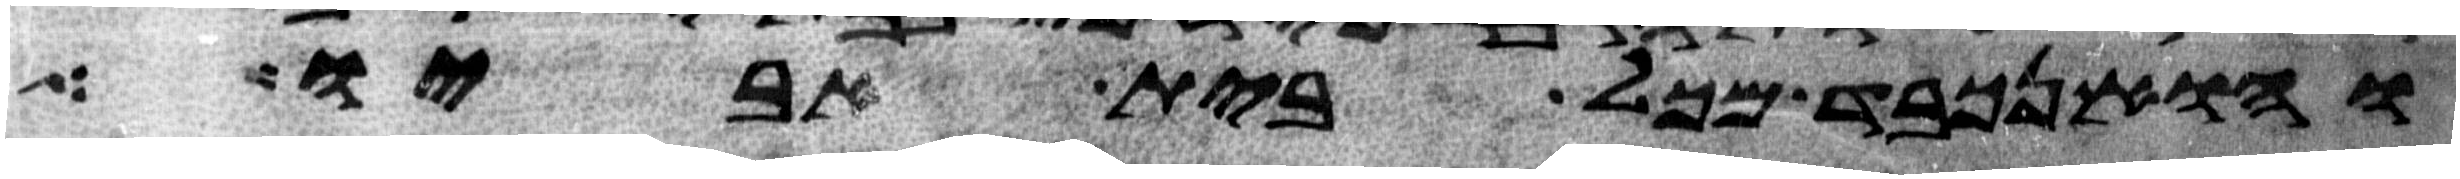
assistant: והוא נכבד מכל בית אביו